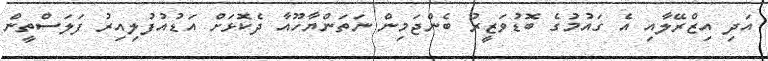
އަދި އިޒްރޭލާއި އެ ގައުުމުގެ ބޮޑުވަޒީރު ބެންޖަމިން ނަތަންޔާހޫއާ ދެކޮޅަށް އަޑުއުފުލިއިރު ފަލަަސްތީން